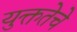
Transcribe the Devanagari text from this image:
युक्ततेचे